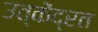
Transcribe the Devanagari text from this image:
उत्केंद्रत